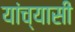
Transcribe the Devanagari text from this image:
यांच्यासी